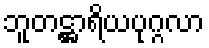
ဘူတဋ္ဌာရိယပုဂ္ဂလာ